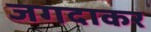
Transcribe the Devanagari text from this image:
जगदाकर